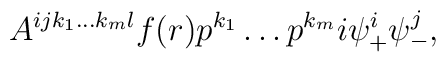
A^{ijk_{1}\dots k_{m}l}f(r)p^{k_{1}}\dots p^{k_{m}}i\psi_{+}^{i}\psi_{-}^{j},